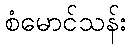
စံမောင်သန်း